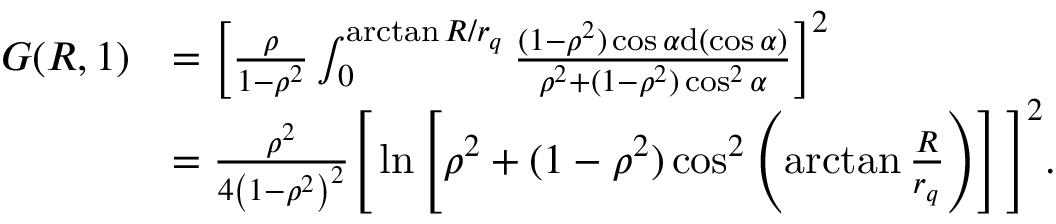
\begin{array} { r l } { G ( R , 1 ) } & { = \left[ \frac { \rho } { 1 - \rho ^ { 2 } } \int _ { 0 } ^ { \arctan R / r _ { q } } \frac { ( 1 - \rho ^ { 2 } ) \cos \alpha \mathrm { d } ( \cos \alpha ) } { \rho ^ { 2 } + ( 1 - \rho ^ { 2 } ) \cos ^ { 2 } \alpha } \right] ^ { 2 } } \\ & { = \frac { \rho ^ { 2 } } { 4 \left( 1 - \rho ^ { 2 } \right) ^ { 2 } } \Bigg [ \ln \left[ \rho ^ { 2 } + ( 1 - \rho ^ { 2 } ) \cos ^ { 2 } \left( \arctan \frac { R } { r _ { q } } \right) \right] \Bigg ] ^ { 2 } . } \end{array}